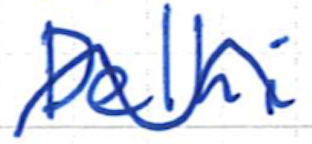
Text: Delhi
Cross-out: wave
Writing tool: ballpoint